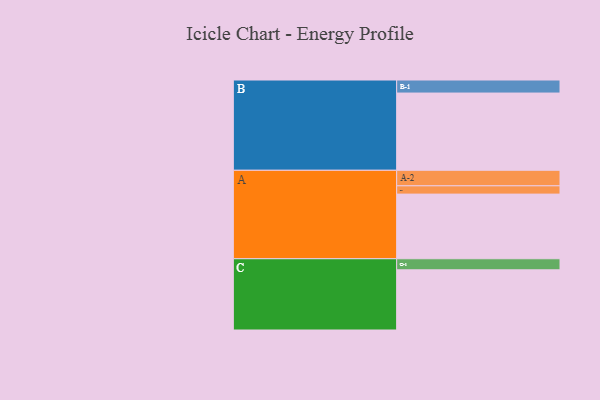
{"axis": {"x": "Segment", "y": "Value"}, "legend": ["", "A", "B", "C"], "data": [{"x": "A", "y": 421, "type": ""}, {"x": "B", "y": 503, "type": ""}, {"x": "C", "y": 392, "type": ""}, {"x": "A-1", "y": 54, "type": "A"}, {"x": "A-2", "y": 101, "type": "A"}, {"x": "B-1", "y": 85, "type": "B"}, {"x": "C-1", "y": 72, "type": "C"}]}